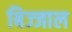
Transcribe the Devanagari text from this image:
बिज्जाल